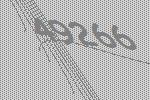
49266